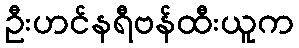
ဦးဟင်နရီဗန်ထီးယူက